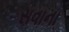
સવાના